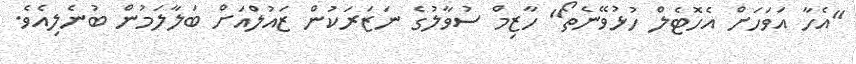
"އެހާ އަވަހަށް އެހޮޓެލް ހުޅުވޭނެތޯ" ހާޒިމް ސުވާލުގެ ނަޒަރަކުން ޒައުލްއަށް ބަލާލަމުން ބުނެލިއެވެ.